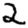
Digit: 2